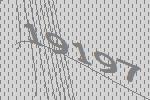
19197